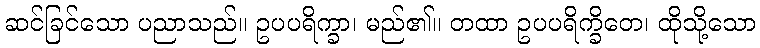
ဆင်ခြင်သော ပညာသည်။ ဥပပရိက္ခာ၊ မည်၏။ တထာ ဥပပရိက္ခိတေ၊ ထိုသို့သော